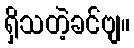
ရှိသတဲ့ခင်ဗျ။